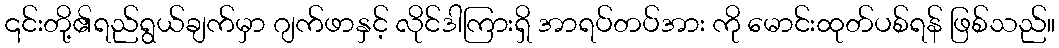
၎င်းတို့၏ရည်ရွယ်ချက်မှာ ဂျက်ဖာနှင့် လိုင်ဒါကြားရှိ အာရပ်တပ်အား ကို မောင်းထုတ်ပစ်ရန် ဖြစ်သည်။